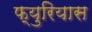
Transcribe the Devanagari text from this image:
फ्युरियास